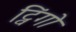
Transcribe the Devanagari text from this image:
ट्विंगो